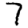
Digit: 7